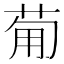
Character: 𤰈